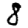
Digit: 8